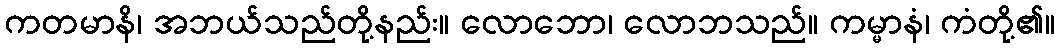
ကတမာနိ၊ အဘယ်သည်တို့နည်း။ လောဘော၊ လောဘသည်။ ကမ္မာနံ၊ ကံတို့၏။